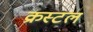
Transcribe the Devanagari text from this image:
क्रस्टल